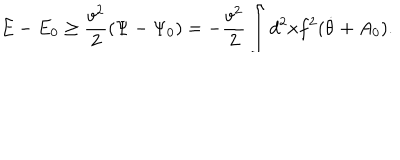
E - E _ { 0 } \ge \frac { v ^ { 2 } } { 2 } ( \Psi - \Psi _ { 0 } ) = - \frac { v ^ { 2 } } { 2 } \int d ^ { 2 } x f ^ { 2 } ( \dot { \theta } + A _ { 0 } ) .